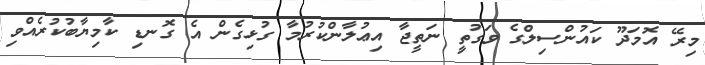
މިރޭ އޮމަދޫ ކައުންސިލްގެ ވަގުތިީ ނަތީޖާ އިޢުލާންކުރުމާ ގުޅިގެން އެ ގޮނޑި ކާމިޔާބުކުރެއްވި